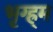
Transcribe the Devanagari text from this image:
भृग्ह्र्म